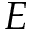
E